Lunatic asylums Madras 1892-1911 - 1892-1911
Year: 1892
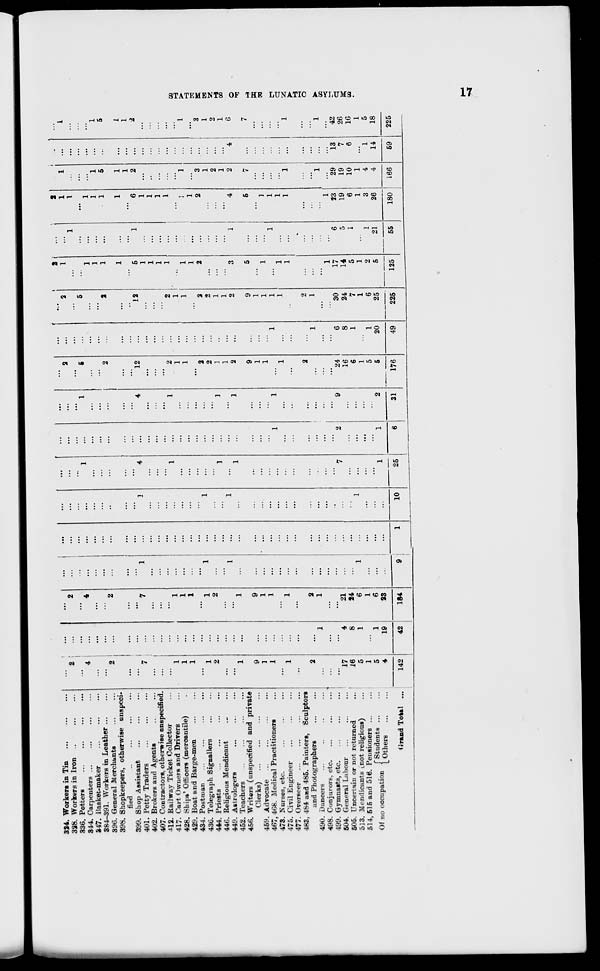
324. Workers in Tin
328. Workers in Iron
336. Potters
344. Carpenters ...
847. liasket-maker
384-391. Workers in Leather
396. General Merchants
398. Shopkeepers, otherwise unspeci-
fied
399. Shop Assistant
401. Petty Traders
402. Brokers and Agents
407. Contractors, otherwise unspecified.
•112. Railway Ticket Collector
417. Cart (Iwneis and Drivers
428. Ships' Officers (mercantile)
429. Boat and Barge-men
434. Postman
43G. Telegraph Signallers
444. Priests
...
...
44G. Religious Mendicant
449. Astrologers
452. Teachers
456. Writers (unspecified and private
Clerks)
459. Advocate
467, 408. Medical Practitioners
473. Nurses, etc.
475. Civil Engineer
477. Overseer
483, 484 aad 485. Painters, Sculptors
and Photographers
490. Dancers
498. Conjurors, etc.
...
499. Gymnasts, etc
504. General Labour
505. Uncertain or not returned
513. Mendicants (.not religious)
514, 515 and 516. Pensioners ...
m
t-
f Students ...
Of no occupation I 0thers
Grand Total ...
2
I
*
2 !
7 1
17
16
5
1
5
4
142
4
8
1
1
19
42
21
24
6
1
6
23
184
10
•
2
...
2
...
...
...
' 2
...
"" 2
1
1
1
1
1
...
L
1
...
' 1
' i
5
1
...
"" 1
...
]
1
1
1
...
2
...
2
1
1
...
1
1
5
1
1
...
5
1
1
4
4
12
...
12
5
1
1
1
' 1
" 6
1
1
1
2
...
2
1
1
' 2
2
1
1
...
1
1
•..
...
...
...
...
CO
1
1
1
1
1
1
>
1
...
1
...
...
...
H3
...
...
2
2
...
2
2
2
...
2
3
1
...
3
1
55
1
1
1
1
...
...
...
2
...
2
1
1
...
1
1
CO
1
...
1
2
...
2
3
1
4
2
4
6
c
9
9
5
...
5
7
...
7
-*
...
...
1
1
...
1
1
1
...
]
...
1
1
' 1
1
1
1
1
1
' 1
1
1
1
1
...
1
r-K
...
2
2
...
...
...
M
Q
...
...
1
1
...
...
...
1
...
1
►
CO
1
1
...
><
7
' 2
9
24
6
30
17
6
23
29
13
42
"—1
CO
16
8
24
14
5
19
19
7
26
6
1
7
5
1
6
10
6
16
1
1
1
...
1
1
...
1
5
1
6
2
1
3
4
1
5
1
" 1
2
5
176
20
25
225
5
125
21
26
4
14
18
5
6
31
49
55
180
166
59
225